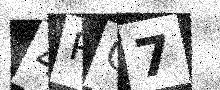
Text: 4RQ7